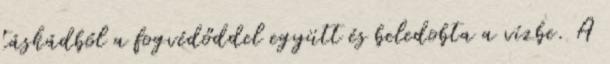
táskádból a fogvédőddel együtt és beledobta a vízbe. A